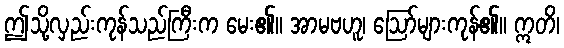
ဤသို့လှည်းကုန်သည်ကြီးက မေး၏။ အာမဗဟူ၊ ဩော်များကုန်၏။ ဣတိ၊